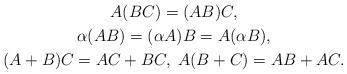
LaTeX: \begin{gather*}A(BC)=(AB)C,\\\alpha (AB)=(\alpha A)B=A(\alpha B),\\(A+B)C=AC+BC,\; A(B+C)=AB+AC.\end{gather*}